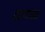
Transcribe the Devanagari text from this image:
दहनांच्या